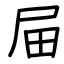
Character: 屇